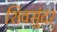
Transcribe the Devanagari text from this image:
शिवसुंदर